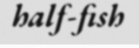
half-fish